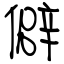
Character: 僻